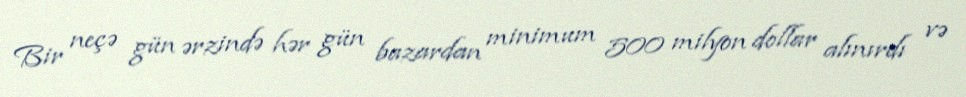
Bir neçə gün ərzində hər gün bazardan minimum 500 milyon dollar alınırdı və